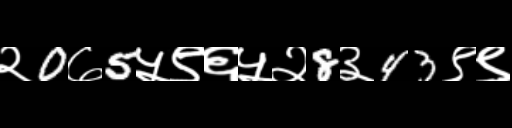
Text: २0७5५९६५२8३43९९